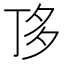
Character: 𠀲